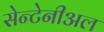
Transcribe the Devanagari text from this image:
सेन्टेनीअल